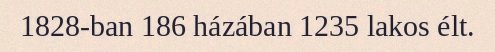
1828-ban 186 házában 1235 lakos élt.